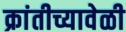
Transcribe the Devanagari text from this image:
क्रांतीच्यावेळी